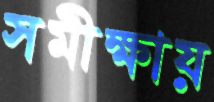
সমীক্ষায়